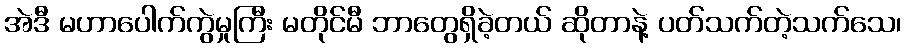
အဲဒီ မဟာပေါက်ကွဲမှုကြီး မတိုင်မီ ဘာတွေရှိခဲ့တယ် ဆိုတာနဲ့ ပတ်သက်တဲ့သက်သေ၊